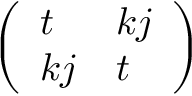
\begin{array} { r } { \left( \begin{array} { l l } { t } & { k j } \\ { k j } & { t } \end{array} \right) } \end{array}